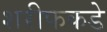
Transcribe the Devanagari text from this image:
शरीफकडे